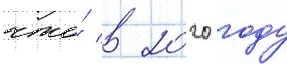
что́ в 2020 году